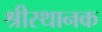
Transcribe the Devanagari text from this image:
श्रीस्थानक